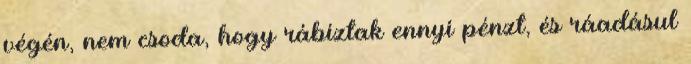
végén, nem csoda, hogy rábíztak ennyi pénzt, és ráadásul